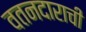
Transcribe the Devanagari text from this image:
वतनदाराची